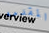
المقدمه